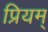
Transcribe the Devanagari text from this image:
प्रियम्‌